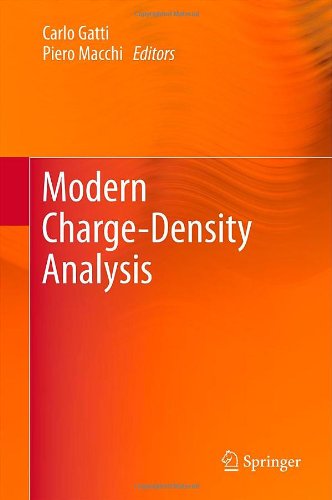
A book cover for Modern Charge-Density Analysis; Science & Math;